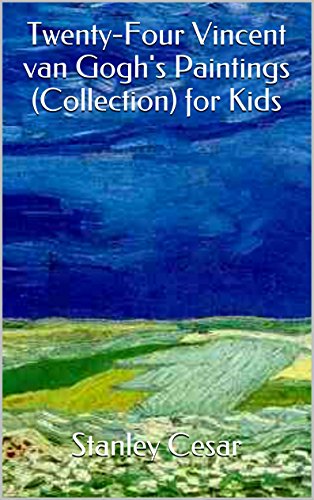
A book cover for Twenty-Four Vincent van Gogh's Paintings (Collection) for Kids; Stanley Cesar; Sports & Outdoors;